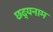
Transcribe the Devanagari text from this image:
छद्यनाम